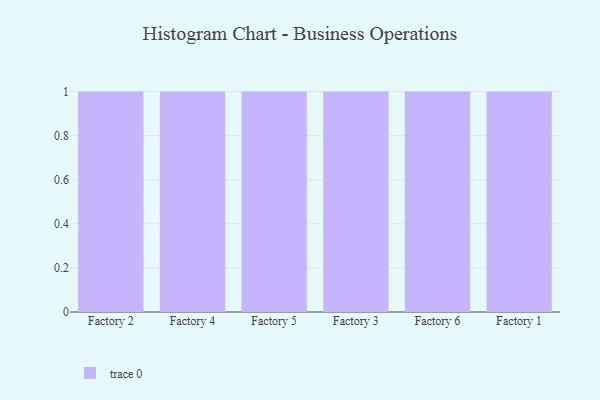
{"axis": {"x": "Factory", "y": "Active Users"}, "legend": [""], "data": [{"x": "Factory 2", "y": 39, "type": ""}, {"x": "Factory 4", "y": 68, "type": ""}, {"x": "Factory 5", "y": 82, "type": ""}, {"x": "Factory 3", "y": 91, "type": ""}, {"x": "Factory 6", "y": 93, "type": ""}, {"x": "Factory 1", "y": 96, "type": ""}]}